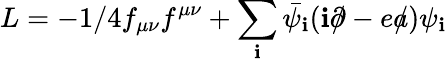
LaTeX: L=-1/4f_{\mu\nu}f^{\mu\nu}+\sum_{\mathbf{i}}\bar{{\psi_{\mathbf{i}}}}(\mathbf{i}\partial\! \! \! /-ea\! \! \! /)\psi_{\mathbf{i}}